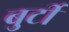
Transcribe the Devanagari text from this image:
बुर्टी